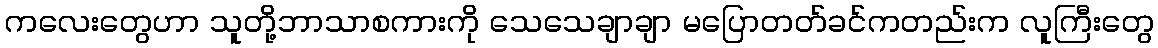
ကလေးတွေဟာ သူတို့ဘာသာစကားကို သေသေချာချာ မပြောတတ်ခင်ကတည်းက လူကြီးတွေ